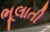
ભૂલાતી